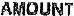
AMOUNT